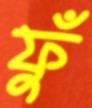
ফুঁ